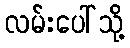
လမ်းပေါ်သို့